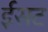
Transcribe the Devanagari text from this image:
ईसट